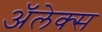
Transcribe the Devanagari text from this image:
अॅलेक्स